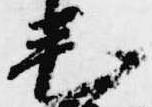
毛